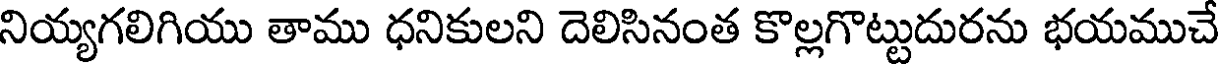
నియ్యగలిగియు తాము ధనికులని దెలిసినంత కొల్లగొట్టుదురను భయముచే